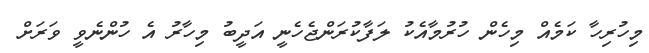
މިހުރިހާ ކަމެއް މިހެން ހުރުމާއެކު ލަފާކުރަންޖެހެނީ އަދީބު މިހާރު އެ ހުންނެވީ ވަރަށް